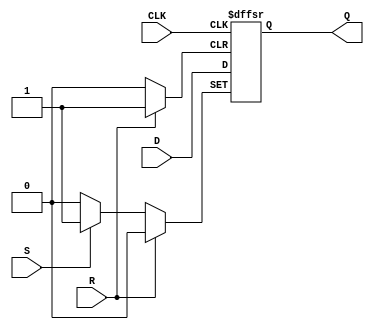
module neg_edge_d_ff (
    input D,
    input CLK,
    input R,
    input S,
    output reg Q
);

always @(negedge CLK or posedge R or posedge S) begin
    if (R) begin
        Q <= 1'b0; // Reset Q to 0
    end else if (S) begin
        Q <= 1'b1; // Set Q to 1
    end else begin
        Q <= D; // Hold the value of D on the falling edge of CLK
    end
end

endmodule